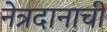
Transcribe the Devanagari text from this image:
नेत्रदानाची